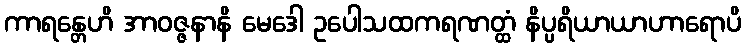
ကာရန္တေဟိ အာဝဇ္ဇနာနိ မေဒေါ ဥပေါသထကရဏတ္ထံ နိပ္ပရိယာယာဟာရောပိ